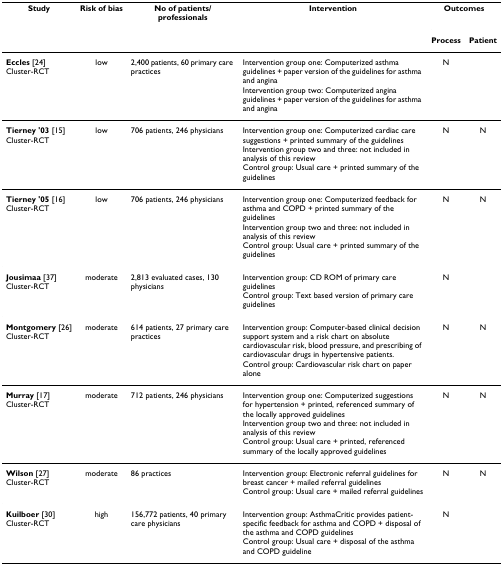
| Study | Risk of bias | No of patients/professionals | Intervention | <COLSPAN=2> Outcomes |
 |  |  |  |  | Process | Patient |
 | --- | --- | --- | --- | --- | --- |
 | Eccles [24]Cluster-RCT | low | 2,400 patients, 60 primary care practices | Intervention group one: Computerized asthma guidelines + paper version of the guidelines for asthma and anginaIntervention group two: Computerized angina guidelines + paper version of the guidelines for asthma and angina | N |  |
 | Tierney '03 [15]Cluster-RCT | low | 706 patients, 246 physicians | Intervention group one: Computerized cardiac care suggestions + printed summary of the guidelinesIntervention group two and three: not included in analysis of this reviewControl group: Usual care + printed summary of the guidelines | N | N |
 | Tierney '05 [16]Cluster-RCT | low | 706 patients, 246 physicians | Intervention group one: Computerized feedback for asthma and COPD + printed summary of the guidelinesIntervention group two and three: not included in analysis of this reviewControl group: Usual care + printed summary of the guidelines | N | N |
 | Jousimaa [37]Cluster-RCT | moderate | 2,813 evaluated cases, 130 physicians | Intervention group: CD ROM of primary care guidelinesControl group: Text based version of primary care guidelines | N |  |
 | Montgomery [26]Cluster-RCT | moderate | 614 patients, 27 primary care practices | Intervention group: Computer-based clinical decision support system and a risk chart on absolute cardiovascular risk, blood pressure, and prescribing of cardiovascular drugs in hypertensive patients.Control group: Cardiovascular risk chart on paper alone | N | N |
 | Murray [17]Cluster-RCT | moderate | 712 patients, 246 physicians | Intervention group one: Computerized suggestions for hypertension + printed, referenced summary of the locally approved guidelinesIntervention group two and three: not included in analysis of this reviewControl group: Usual care + printed, referenced summary of the locally approved guidelines | N | N |
 | Wilson [27]Cluster-RCT | moderate | 86 practices | Intervention group: Electronic referral guidelines for breast cancer + mailed referral guidelinesControl group: Usual care + mailed referral guidelines | N | N |
 | Kuilboer [30]Cluster-RCT | high | 156,772 patients, 40 primary care physicians | Intervention group: AsthmaCritic provides patient-specific feedback for asthma and COPD + disposal of the asthma and COPD guidelinesControl group: Usual care + disposal of the asthma and COPD guideline | N |  |